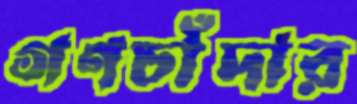
গণচাঁদার